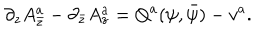
LaTeX: \partial _ { z } A _ { \bar { z } } ^ { a } - \partial _ { \bar { z } } A _ { z } ^ { a } = Q ^ { a } ( \psi , \bar { \psi } ) - v ^ { a } .